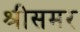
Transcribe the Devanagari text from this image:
श्रीसमर